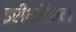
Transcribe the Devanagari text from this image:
इरीथ्रियन